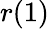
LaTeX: r(1)